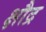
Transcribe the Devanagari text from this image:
क्षौद्र